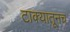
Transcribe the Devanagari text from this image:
टाक्यातूनच